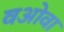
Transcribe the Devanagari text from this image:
वओवा